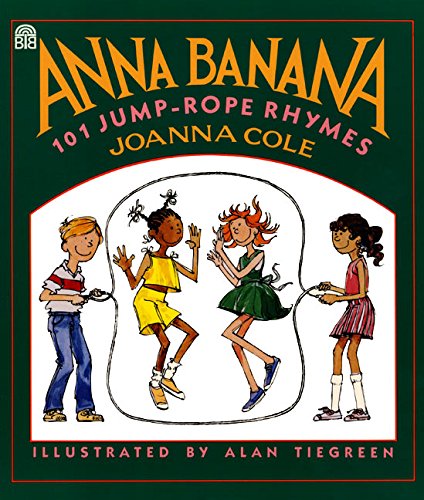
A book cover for Anna Banana: 101 Jump Rope Rhymes; Joanna Cole; Children's Books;